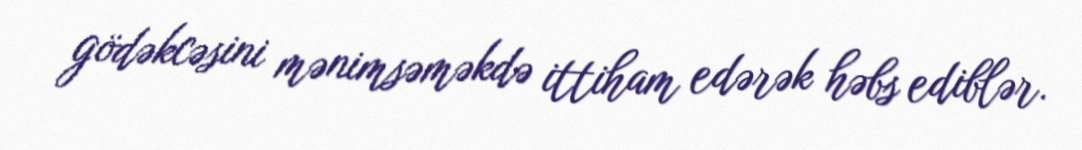
gödəkcəsini mənimsəməkdə ittiham edərək həbs ediblər.